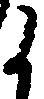
候